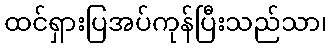
ထင်ရှားပြအပ်ကုန်ပြီးသည်သာ၊